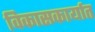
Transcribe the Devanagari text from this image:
विकासकार्यात